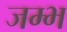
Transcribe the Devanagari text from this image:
जम्भ